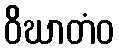
ဝိဃာတံဝ